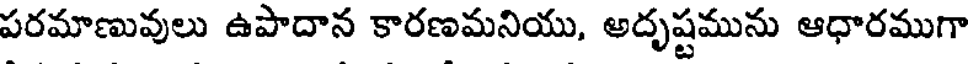
పరమాణువులు ఉపాదాన కారణమనియు, అదృష్టమును ఆధారముగా